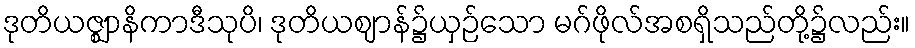
ဒုတိယဇ္ဈာနိကာဒီသုပိ၊ ဒုတိယဈာန်၌ယှဉ်သော မဂ်ဖိုလ်အစရှိသည်တို့၌လည်း။